Vaccination returns of the Province of Eastern Bengal and Assam - 1905-1912
Year: 1905
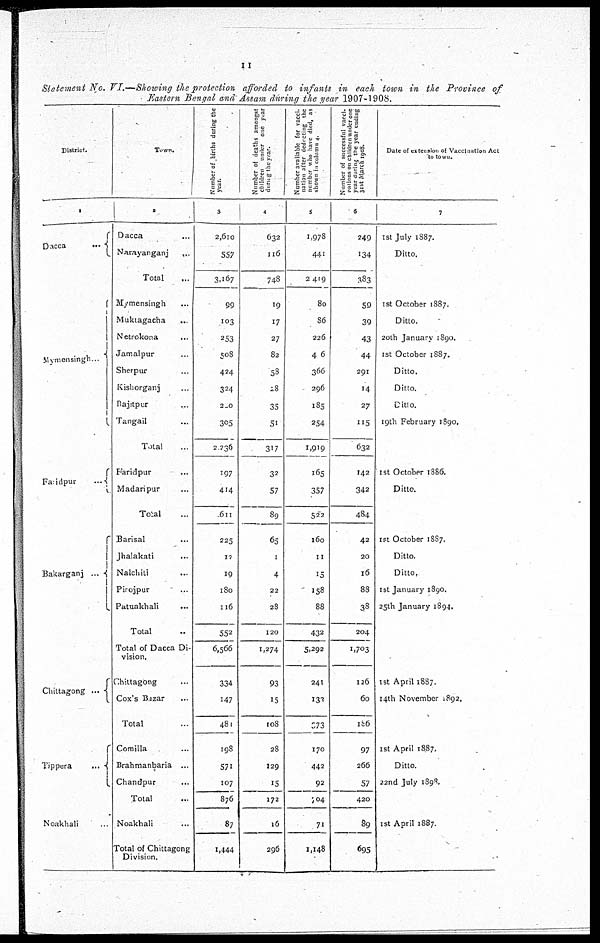
11
Statement No. VI.—Showing the protection afforded to infants in each town in the Province of
Eastern Bengal and Assam during the year 1907-1908.
District.
1
Dacca
...
Mymensingh ...
Faridpur
...
Bakarganj
...
Chittagong ...
Tippera
...
Noakhali ...
Town.
2
Dacca ...
Narayanganj
...
Total ...
Mymensingh ...
Muktagacha ...
Netrokona ...
Jamalpur ...
Sherpur ...
Kishorganj ...
Bajitpur ...
Tangail ...
Total ...
Faridpur ...
Madaripur ...
Total ...
Barisal ...
Jhalakati ...
Nalchiti ...
Pirojpur ...
Patuakhali ...
Total ...
Total of Dacca Di-
vision.
Chittagong ...
Cox's Bazar ...
Total ...
Comilla ...
Brahmanbaria ...
Chandpur ...
Total ...
Noakhali ...
Total of Chittagong
Division.
Number of births during the
year.
3
2,610
557
3,167
99
103
253
508
424
324
200
305
2,236
197
414
611
225
10
19
180
116
552
6,566
334
147
481
198
571
107
876
87
1,444
Number of deaths amongst
children under one year
during the year.
4
632
116
748
19
17
27
82
58
28
35
51
317
32
57
89
65
1
4
22
28
120
1,274
93
15
108
28
129
15
172
16
296
Number available for vacci-
nation after deducting the
number who have died, as
shown in column 4.
5
1,978
441
2,419
80
86
226
406
366
296
185
254
1,919
165
357
522
160
11
15
158
88
432
5,292
241
132
673
170
442
92
704
71
1,148
Number of successful vacci-
nations on children under one
year during the year ending
31st March 1908.
6
249
134
383
59
39
43
44
291
14
27
115
632
142
342
484
42
20
16
88
38
204
1,703
126
60
186
97
266
57
420
89
695
Date of extension of Vaccination Act
to town.
7
1st July 1887.
Ditto.
1st October 1887.
Ditto.
20th January 1890.
1st October 1887.
Ditto.
Ditto.
Ditto.
19th February 1890.
1 st October 1886.
Ditto.
1st October 1887.
Ditto.
Ditto.
1st January 1890.
25th January 1894.
1st April 1887.
14th November 1892.
1 st April 1887.
Ditto.
22nd July 1898.
1st April 1887.